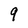
Character: 9